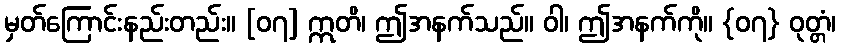
မှတ်ကြောင်းနည်းတည်း။ [၀၇] ဣတိ၊ ဤအနက်သည်။ ဝါ၊ ဤအနက်ကို။ {၀၇} ဝုတ္တံ၊